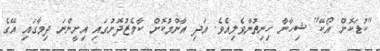
"ކުޑަކޮށް އޯކޭ" ޝިހާނާ ހިނިތުންވެލިއެވެ. އަދި އާންމުކޮށް ކާމެޒުދޮށުގައި އިށީންނަ ދިމާގައި އޭގެ